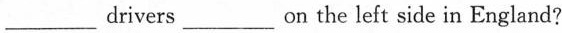
___drivers____on the left side in England?